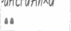
٧٥